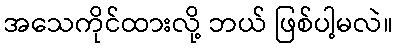
အသေကိုင်ထားလို့ ဘယ် ဖြစ်ပါ့မလဲ။